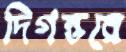
দিগন্তরে